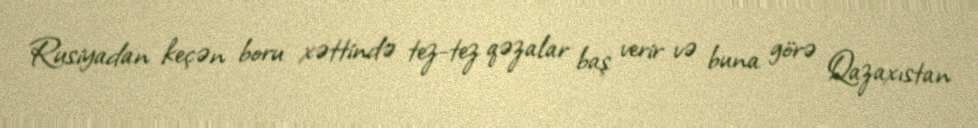
Rusiyadan keçən boru xəttində tez-tez qəzalar baş verir və buna görə Qazaxıstan